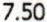
7.50